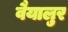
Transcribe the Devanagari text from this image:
वैयालुर